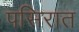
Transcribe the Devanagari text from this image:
पसिरात